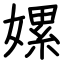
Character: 嫘